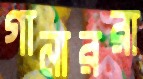
গানাররা